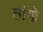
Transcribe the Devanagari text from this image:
तांगो